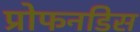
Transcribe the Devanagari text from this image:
प्रोफनडिस